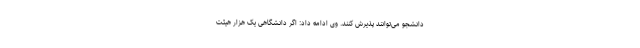
دانشجو می‌توانند پذیرش کنند. وی ادامه داد: اگر دانشگاهی یک هزار هیئت